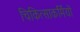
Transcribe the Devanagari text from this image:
चिकित्साकर्मियों